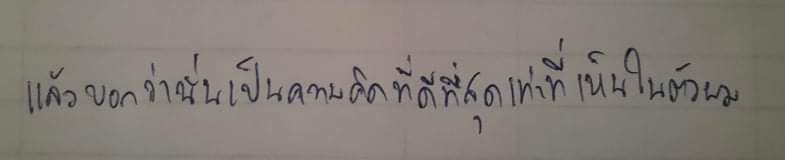
แล้วบอกว่านั่นเป็นความคิดที่ดีที่สุดเท่าที่เห็นในตัวผม